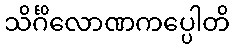
သိင်္ဂိလောဏကပ္ပေါတိ